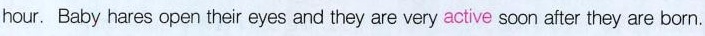
hour. Baby hares open their eyes and they are very active soon after they are born.